Lunatic asylums Bombay report 1891-1903 - 1891-1903
Year: 1891
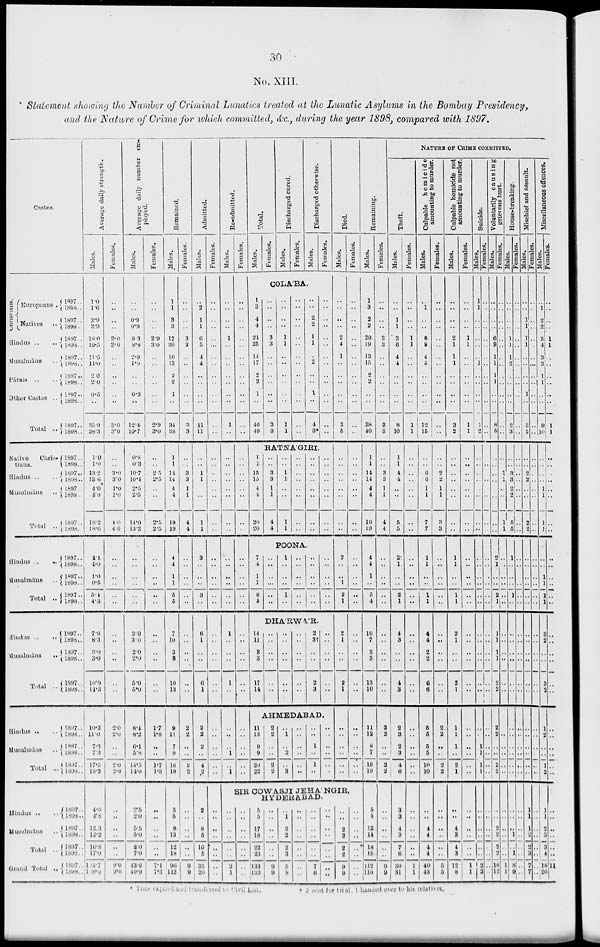
30
No. XIII.
Statement showing the Number of Criminal Lunatics treated at the Lunatic Asylums in the Bombay Presidency,
and the Nature of Crime for which committed, &c., during the year 1898, compared with 1897.
Castes.
Christians.
Europeans .
Natives ..
Hindus ..
..
Musalmáns ..
Pársis .. ..
Other Castes ..
Total ..
Native
Chris-
tians.
Hindus
..
..
Musalmáns .. ..
Total ..
Hindus ..
..
Musalmáns ..
Total ..
Hindus .. ..
Musalmáns ..
Total ..
Hindus ..
Musalmáns ..
Total ..
Hindus .. ..
Musalmáns ..
Total ..
Grand Total ..
1897..
1898..
1897..
1898..
1897..
1898..
1897..
1898..
1897..
1898..
1897..
1898..
1897..
1898..
1897..
1898..
1897..
1898..
1897..
1898..
1897..
1898..
1897..
1898..
1897 ..
1898..
1897..
1898 ..
1897..
1898..
1897..
1898..
1897..
1898..
1898 ..
1898..
1897 ..
1898 ..
1897 ..
1898 ..
1897..
1898..
1897..
1898..
1897..
1893..
1897..
1898..
Average daily strength.
Males.
1.0
1.6
2.9
2.9
18.0
19.5
11.5
11.0
2.0
2.0
0.5
..
35.9
38.3
1.0
1.0
13.2
13.6
4.0
4.0
18.2
18.6
4.4
4.0
1.0
0.5
5.4
4.5
7.9
8.3
3.0
3.0
10.9
11.3
10.3
11.0
7.3
7.3
17.5
18.3
4.5
4.8
12.3
12.2
16.8
17.0
104.7
108.0
Females.
..
..
..
..
3.0
3.0
..
..
..
..
..
..
3.0
3.0
..
..
3.0
3.0
1.0
1.0
4.0
4.0
..
..
..
..
..
..
..
..
..
..
..
..
2.0
2.0
..
..
2.0
2.0
..
..
..
..
..
..
9.0
9.0
Average daily number em-
ployed.
Males.
..
..
0.9
0.9
8.3
8.8
2.9
1.9
..
..
0.3
..
12.4
10.7
0.8
0.3
10.7
10.4
2.5
2.5
14.0
13.0
..
..
..
..
..
..
3.0
3.0
2.0
2.0
5.0
5.0
8.4
8.2
6.1
5.8
14.5
14.0
2.5
2.0
5.5
5.0
8.0
7.0
43.9
49.9
Females.
..
..
..
..
2.9
3.0
..
..
..
..
..
..
2.9
3.0
..
..
2.5
2.5
..
..
2.5
2.5
..
..
..
..
..
..
..
..
..
..
..
..
1.7
1.8
..
..
1.7
1.8
..
..
..
..
..
..
7.1
7.3
Remained.
Males.
1
1
3
3
17
20
10
13
2
2
1
..
34
38
1
1
14
14
4
4
19
19
4
4
1
1
5
5
7
10
3
3
10
13
9
11
7
8
16
19
3
5
9
13
12
18
96
112
Females.
..
..
..
..
3
3
..
..
..
..
..
..
3
3
..
..
3
3
1
1
4
4
..
..
..
..
..
..
..
..
..
..
..
..
2
2
..
..
2
2
..
..
..
..
..
..
9
9
Admitted.
Males.
..
2
1
1
6
5
4
4
..
..
..
..
11
11
..
..
1
1
..
..
1
1
3
..
..
..
3
..
6
1
..
..
6
1
2
2
2
..
4
2
2
..
8
5
10
5
35
20
Females.
..
..
..
..
..
..
..
..
..
..
..
..
..
..
..
..
..
..
..
..
..
..
..
..
..
..
..
..
..
..
..
..
..
..
..
..
..
..
..
..
..
..
..
..
..
..
..
..
Re-admitted.
Males.
..
..
..
..
1
..
..
..
..
..
..
..
1
..
..
..
..
..
..
..
..
..
..
..
..
..
..
..
1
..
..
..
1
..
..
..
..
1
..
1
Females.
..
..
..
..
..
..
..
..
..
..
..
..
..
..
..
..
..
..
..
..
..
..
..
..
..
..
..
..
..
..
..
..
..
..
..
..
..
..
..
..
Total.
Males.
Females.
Discharged cured.
Males.
Females.
Discharged otherwise.
Males.
Females.
COLA'BA.
1
3
4
4
24
25
14
17
2
2
1
..
46
49
..
..
..
..
3
3
..
..
..
..
..
..
3
3
..
..
..
..
1
1
..
..
..
..
..
..
1
1
..
..
..
..
..
..
..
..
..
..
..
..
..
..
..
..
2
2
1
1
..
2
..
..
1
..
4
3*
..
..
..
..
..
..
..
..
..
..
..
..
..
..
RATNA'GIRI.
6
1
15
15
4
4
20
20
..
..
3
3
1
1
4
4
..
..
1
1
..
..
1
1
..
..
..
..
..
..
..
..
..
..
..
..
..
..
..
..
..
..
..
..
..
..
..
..
POONA.
7
4
1
1
8
5
..
..
..
..
..
..
1
..
..
..
1
..
..
..
..
..
..
..
..
..
..
..
..
..
..
..
..
..
..
..
DHA'RWAR.
14
11
3
3
17
14
..
..
..
..
..
..
..
..
..
..
..
..
..
..
..
..
..
..
2
3†
..
..
2
3
..
..
..
..
..
..
AHMEDABAD.
11
13
9
9
20
22
2
2
..
..
2
2
..
1
..
2
..
3
..
..
..
..
..
..
..
..
1
..
1
..
..
..
..
..
..
..
Died.
Males.
..
..
..
..
2
4
1
..
..
..
..
..
3
5
..
..
..
..
..
..
..
..
2
..
..
1
2
1
2
1
..
..
2
1
..
..
..
..
..
..
Females.
..
..
..
..
..
..
..
..
..
..
..
..
..
..
..
..
..
..
..
..
..
..
..
..
..
..
..
..
..
..
..
..
..
..
..
..
..
..
..
..
SIR COWASJI JEHA'NGIR,
HYDERABAD.
..
..
..
..
..
..
2
1
..
..
..
..
..
..
..
..
5
5
17
18
22
23
133
133
..
..
..
..
..
..
9
9
..
1
2
2
2
3
5
8
..
..
..
..
..
..
..
..
..
..
..
..
..
..
7
6
..
..
..
..
..
..
..
..
..
..
2
2
2
2
9
9
..
..
..
..
..
..
..
..
Remaining.
Males.
1
3
2
2
20
19
13
15
2
2
..
..
38
40
1
1
14
14
4
4
19
19
4
4
1
..
5
4
10
7
3
3
13
10
11
12
8
7
19
19
5
4
13
14
18
18
112
110
Females.
..
..
..
..
3
3
..
..
..
..
..
..
3
3
..
..
3
3
1
1
4
4
..
..
..
..
..
..
..
..
..
..
..
..
2
2
..
..
2
2
..
..
..
..
..
..
9
9
NATURE OF CRIME COMMITED.
Theft.
Males.
..
..
1
1
3
6
4
4
..
..
..
..
8
10
1
1
4
4
..
..
5
5
2
1
..
..
2
1
4
3
..
..
4
3
2
3
2
3
4
6
3
3
4
3
7
6
30
31
Females.
..
..
..
..
1
1
..
..
..
..
..
..
1
1
..
..
..
..
..
..
..
..
..
..
..
..
..
..
..
..
..
..
..
..
..
..
..
..
..
..
..
..
..
..
..
..
1
1
Culpable homicide
amounting to murder.
Males.
..
1
..
..
8
9
4
5
..
..
..
..
12
15
..
..
6
6
1
1
7
7
1
1
..
..
1
1
4
4
2
2
6
6
5
5
5
5
10
10
..
..
4
4
4
4
40
43
Females.
..
..
..
..
..
..
..
..
..
..
..
..
..
..
..
..
2
2
1
1
3
3
..
..
..
..
..
..
..
..
..
..
..
..
2
2
..
..
2
2
..
..
..
..
..
..
5
5
Culpable homicide not
amounting to murder.
Males.
..
..
..
..
2
1
1
1
..
..
..
..
3
2
..
..
..
..
..
..
..
..
1
1
..
..
1
1
2
1
..
..
2
1
1
1
1
..
2
1
..
..
4
3
4
3
12
8
Females.
..
..
..
..
1
1
..
..
..
..
..
..
1
1
..
..
..
..
..
..
..
..
..
..
..
..
..
..
..
..
..
..
..
..
..
..
..
..
..
..
..
..
..
..
..
..
1
1
Suicide.
Males.
1
1
..
..
..
..
..
1
..
..
..
..
1
2
..
..
..
..
..
..
..
..
..
..
..
..
..
..
..
..
..
..
..
..
..
..
1
1
1
1
..
..
..
..
..
..
2
3
Females.
..
..
..
..
..
..
..
..
..
..
..
..
..
..
..
..
..
..
..
..
..
..
..
..
..
..
..
..
..
..
..
..
..
..
..
..
..
..
..
..
..
..
..
..
..
..
..
..
Voluntarily causing
grievous hurt.
Males.
..
..
..
..
6
3
1
1
1
1
..
..
8
5
..
..
..
..
..
..
..
..
2
1
..
..
2
1
1
1
1
1
2
2
2
2
..
..
2
2
..
..
2
2
2
2
16
12
Females.
..
..
..
..
..
..
..
..
..
..
..
..
..
..
..
..
1
1
..
..
1
1
..
..
..
..
..
..
..
..
..
..
..
..
..
..
..
..
..
..
..
..
..
..
..
..
1
1
House-breaking.
Males.
..
..
..
..
1
1
1
2
..
..
..
..
2
3
..
..
3
3
2
2
5
5
1
..
..
..
1
..
..
..
..
..
..
..
..
..
..
..
..
..
..
..
..
1
..
1
8
9
Females.
..
..
..
..
..
..
..
..
..
..
..
..
..
..
..
..
..
..
..
..
..
..
..
..
..
..
..
..
..
..
..
..
..
..
..
..
..
..
..
..
..
..
..
..
..
..
..
..
Mischief and assault.
Males.
..
..
1
1
1
1
..
..
..
..
1
..
3
2
..
..
2
2
..
..
2
2
..
..
..
..
..
..
..
..
..
..
..
..
..
..
..
..
..
..
1
1
1
2
2
3
7
7
Females.
..
..
..
..
..
..
..
..
..
..
..
..
..
..
..
..
..
..
..
..
..
..
..
..
..
..
..
..
..
..
..
..
..
..
..
..
..
..
..
..
..
..
..
..
..
..
..
..
Miscellaneous offences.
Males.
..
1
2
2
3
4
3
3
1
1
..
..
9
10
..
..
..
..
1
1
1
1
..
..
1
1
1
1
3
2
..
..
3
2
1
2
..
..
1
2
1
1
2
3
3
4
18
20
Females.
..
..
..
..
1
1
..
..
..
..
..
..
1
1
..
..
..
..
..
..
..
..
..
..
..
..
..
..
..
..
..
..
..
..
..
..
..
..
..
..
..
..
..
..
..
..
11
..
* Time expired and transferred to Civil List. † 2 sent for trial, 1 handed over to his relatives.